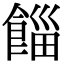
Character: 𩜊